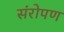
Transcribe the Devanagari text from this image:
संरोपण